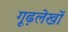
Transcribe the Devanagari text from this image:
गूढ़लेखों